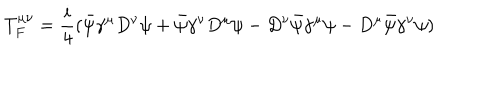
LaTeX: T _ { F } ^ { \mu \nu } = \frac { i } { 4 } ( \bar { \psi } \gamma ^ { \mu } D ^ { \nu } \psi + \bar { \psi } \gamma ^ { \nu } D ^ { \mu } \psi - D ^ { \nu } \bar { \psi } \gamma ^ { \mu } \psi - D ^ { \mu } \bar { \psi } \gamma ^ { \nu } \psi )